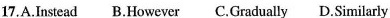
17.A.Instead B.However C.Gradually D.Similarly